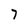
Character: 7